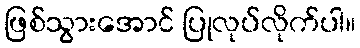
ဖြစ်သွားအောင် ပြုလုပ်လိုက်ပါ။